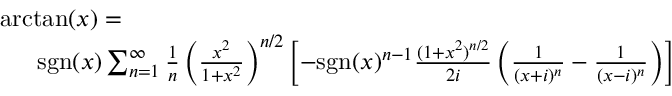
\begin{array} { r l } & { \arctan ( x ) = } \\ & { \enspace \quad \mathrm { s g n } ( x ) \sum _ { n = 1 } ^ { \infty } \frac { 1 } { n } \left( \frac { x ^ { 2 } } { 1 + x ^ { 2 } } \right) ^ { n / 2 } \left[ - \mathrm { s g n } ( x ) ^ { n - 1 } \frac { ( 1 + x ^ { 2 } ) ^ { n / 2 } } { 2 i } \left( \frac { 1 } { ( x + i ) ^ { n } } - \frac { 1 } { ( x - i ) ^ { n } } \right) \right] } \end{array}